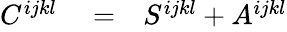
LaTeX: \begin{array}{rlr}{C^{ijkl}}&{{}=}&{S^{ijkl}+A^{ijkl}}\end{array}